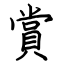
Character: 賞